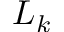
L _ { k }